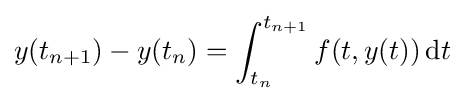
y(t_{n+1})-y(t_{n})=\int _{t_{n}}^{t_{n+1}}f(t,y(t))\,\mathrm {d} t